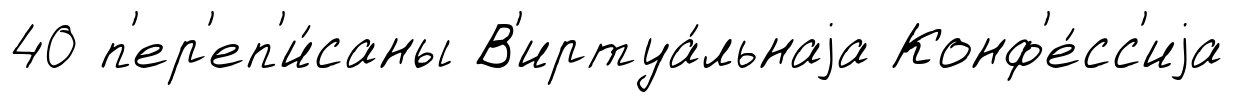
40 п'ер'еп'и́саны В'иртуа́льнаjа Конф'е́сс'иjа